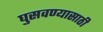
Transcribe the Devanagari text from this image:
घुसवण्यासाठी